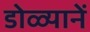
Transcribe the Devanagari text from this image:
डोळ्यानें